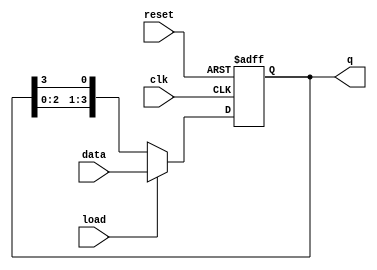
module LoadableRingCounter #(
    parameter N = 4  // Define the width of the counter
)(
    input wire clk,                // Clock signal
    input wire reset,              // Asynchronous reset
    input wire load,               // Load control signal
    input wire [N-1:0] data,       // Data input for loading
    output reg [N-1:0] q           // Output state of the counter
);

    // Internal variable to hold the next state
    reg [N-1:0] next_q;

    // Sequential logic for the Loadable Ring Counter
    always @(posedge clk or posedge reset) begin
        if (reset) begin
            // On reset, initialize to a default state (e.g., 1 at LSB)
            q <= 1'b1; // or q <= {N-1{1'b0}, 1'b1}; for a single '1' at LSB
        end else if (load) begin
            // Load the data when load signal is high
            q <= data;
        end else begin
            // Normal operation: Shift the '1' in a circular manner
            next_q = {q[N-2:0], q[N-1]}; // Shift left
            next_q[0] = q[N-1]; // Circular shift
            q <= next_q;
        end
    end

endmodule